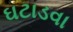
ઘટાડવા